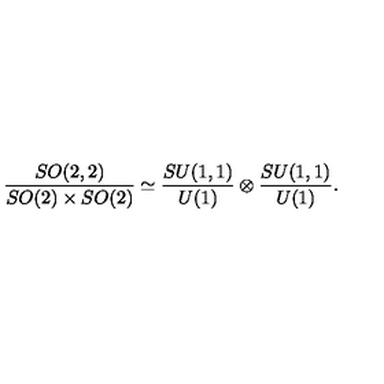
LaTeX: { \frac { S O ( 2 , 2 ) } { S O ( 2 ) \times S O ( 2 ) } } \simeq { \frac { S U ( 1 , 1 ) } { U ( 1 ) } } \otimes { \frac { S U ( 1 , 1 ) } { U ( 1 ) } } .